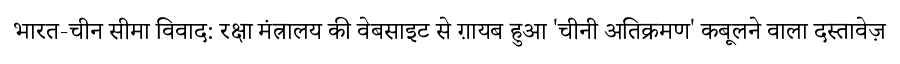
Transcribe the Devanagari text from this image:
भारत-चीन सीमा विवाद: रक्षा मंत्रालय की वेबसाइट से ग़ायब हुआ 'चीनी अतिक्रमण' कबूलने वाला दस्तावेज़